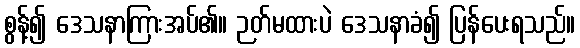
စွန့်၍ ဒေသနာကြားအပ်၏။ ဉတ်မထားပဲ ဒေသနာခံ၍ ပြန်ပေးရသည်။